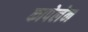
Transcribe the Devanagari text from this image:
कापेलेन